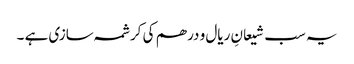
یہ سب شیعانِ ریال و درھم کی کرشمہ سازی ہے ۔